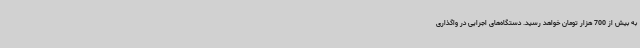
به بیش از 700 هزار تومان خواهد رسید. دستگاه‌های اجرایی در واگذاری